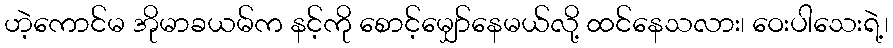
ဟဲ့ကောင်မ အိုမာခယမ်က နင့်ကို စောင့်မျှော်နေမယ်လို့ ထင်နေသလား၊ ဝေးပါသေးရဲ့၊